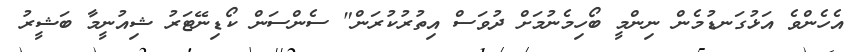
އެހެންވެ އަޅުގަނޑުމެން ނިންމީ ބޯހިމެނުމަށް ދުވަސް އިތުރުކުރަން" ސެންސަން ކޯޑިނޭޓަރު ޝިއުނީމާ ބަޝީރު